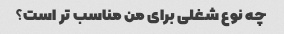
چه نوع شغلی برای من مناسب تر است؟